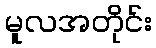
မူလအတိုင်း